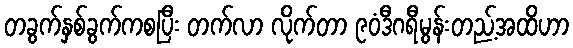
တခွက်နှစ်ခွက်ကစပြီး တက်လာ လိုက်တာ ၉၀ံဒီဂရီမွန်းတည့်အထိဟာ